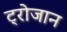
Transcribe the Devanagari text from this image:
ट्रोजान